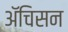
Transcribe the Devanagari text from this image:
ॲचिसन